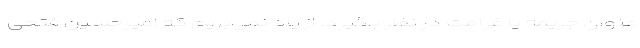
عنوان جریمه یا غرامت در نظر بگیرد. از یاد نمی‌بریم که امیرحسین فتحی